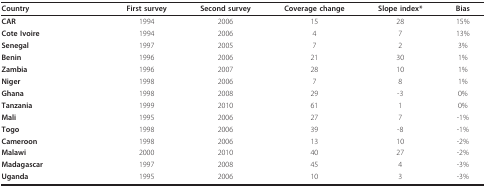
<table><thead><tr><td><b>Country</b></td><td></td><td><b>First survey</b></td><td><b>Second survey</b></td><td><b>Coverage change</b></td><td><b>Slope index*</b></td><td><b>Bias</b></td></tr></thead><tbody><tr><td><b>CAR</b></td><td></td><td>1994</td><td>2006</td><td>15</td><td>28</td><td>15%</td></tr><tr><td><b>Cote Ivoire</b></td><td></td><td>1994</td><td>2006</td><td>4</td><td>7</td><td>13%</td></tr><tr><td><b>Senegal</b></td><td></td><td>1997</td><td>2005</td><td>7</td><td>2</td><td>3%</td></tr><tr><td><b>Benin</b></td><td></td><td>1996</td><td>2006</td><td>21</td><td>30</td><td>1%</td></tr><tr><td><b>Zambia</b></td><td></td><td>1996</td><td>2007</td><td>28</td><td>10</td><td>1%</td></tr><tr><td><b>Niger</b></td><td></td><td>1998</td><td>2006</td><td>7</td><td>8</td><td>1%</td></tr><tr><td><b>Ghana</b></td><td></td><td>1998</td><td>2008</td><td>29</td><td>-3</td><td>0%</td></tr><tr><td><b>Tanzania</b></td><td></td><td>1999</td><td>2010</td><td>61</td><td>1</td><td>0%</td></tr><tr><td><b>Mali</b></td><td></td><td>1995</td><td>2006</td><td>27</td><td>7</td><td>-1%</td></tr><tr><td><b>Togo</b></td><td></td><td>1998</td><td>2006</td><td>39</td><td>-8</td><td>-1%</td></tr><tr><td><b>Cameroon</b></td><td></td><td>1998</td><td>2006</td><td>13</td><td>10</td><td>-2%</td></tr><tr><td><b>Malawi</b></td><td></td><td>2000</td><td>2010</td><td>40</td><td>27</td><td>-2%</td></tr><tr><td><b>Madagascar</b></td><td></td><td>1997</td><td>2008</td><td>45</td><td>4</td><td>-3%</td></tr><tr><td><b>Uganda</b></td><td></td><td>1995</td><td>2006</td><td>10</td><td>3</td><td>-3%</td></tr></tbody></table>